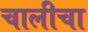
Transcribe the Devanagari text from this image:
चालीचा